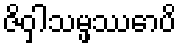
ဇိဝှါသမ္ဖဿောပိ